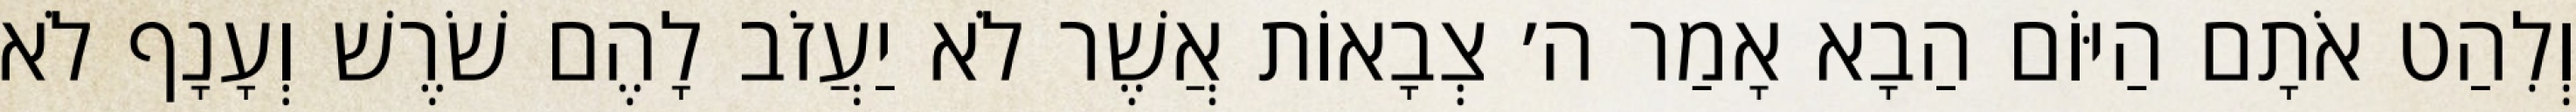
וְלִהַט אֹתָם הַיּוֹם הַבָא אָמַר ה׳ צְבָאוֹת אֲשֶׁר לֹא יַעֲזֹב לָהֶם שֹׁרֶשׁ וְעָנָף לֹא